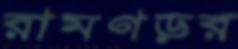
রামগড়র